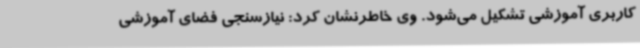
کاربری آموزشی تشکیل می‌شود. وی خاطرنشان کرد: نیازسنجی فضای آموزشی